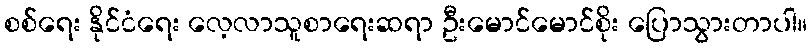
စစ်ရေး နိုင်ငံရေး လေ့လာသူစာရေးဆရာ ဦးမောင်မောင်စိုး ပြောသွားတာပါ။